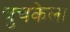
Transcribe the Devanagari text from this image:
चुचकेला